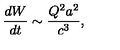
\frac { d W } { d t } \sim \frac { Q ^ { 2 } a ^ { 2 } } { c ^ { 3 } } ,